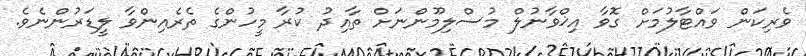
ވެރިކަން ވައްޓާލުމަށް ގޮވާ އިޚްވާނުލް މުސްލިމޫންނަށް ތާއިދު ކުރާ މީހުންގެ ތެރެއިންވާ ލީޑަރުންނެވެ.